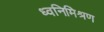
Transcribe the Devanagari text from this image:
ध्वनिमिश्रण